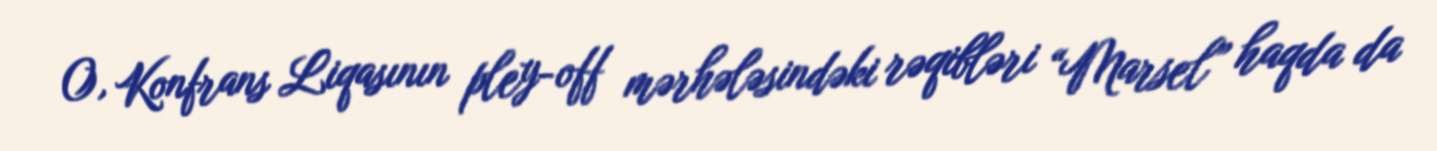
O, Konfrans Liqasının pley-off mərhələsindəki rəqibləri “Marsel” haqda da